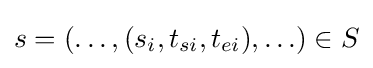
s=(\ldots ,(s_{i},t_{si},t_{ei}),\ldots )\in S